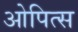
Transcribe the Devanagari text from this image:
ओपित्स